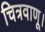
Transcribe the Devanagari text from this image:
चित्रवाणू।